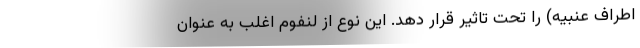
اطراف عنبیه) را تحت تاثیر قرار دهد. این نوع از لنفوم اغلب به عنوان